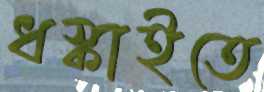
ধস্‌কাইতে